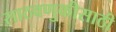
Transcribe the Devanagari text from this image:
साठवणुकीसाठी